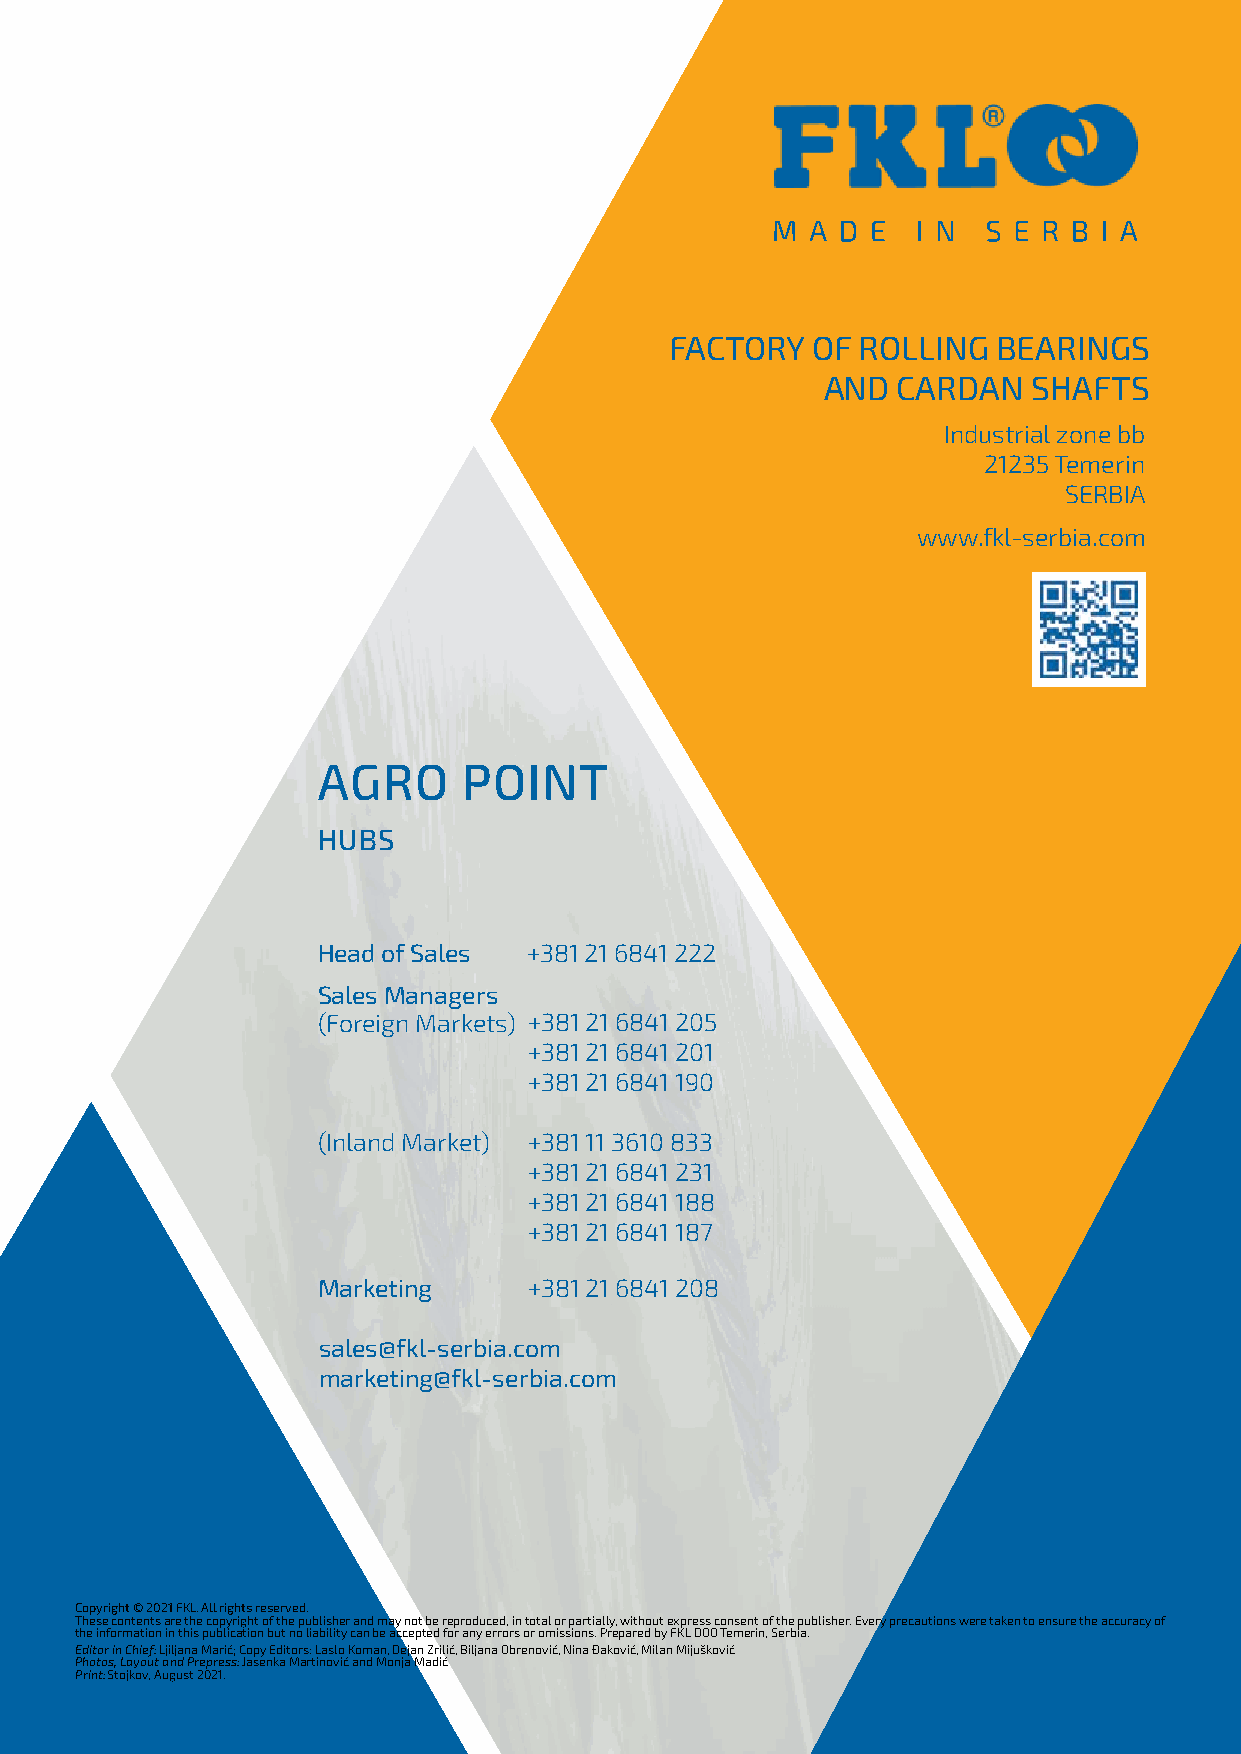
FACTORY   OF ROLLING  BEARINGS
 AND  CARDAN   SHAFTS
 Industrial zone bb
 21235 Temerin
 SERBIA
 www.fkl-serbia.com
 AGRO      POINT
 HUBS
 Head of Sales +381 21 6841 222
 Sales Managers
 (Foreign Markets) +381 21 6841 205
 +381 21 6841 201
 +381 21 6841 190
 (Inland Market) +381 11 3610 833
 +381 21 6841 231
 +381 21 6841 188
 +381 21 6841 187
 Marketing     +381 21 6841 208
 sales@fkl-serbia.com
 marketing@fkl-serbia.com
 Copyright © 2021 FKL. All rights reserved.
 These contents are the copyright of the publisher and may not be reproduced, in total or partially, without express consent of the publisher. Every precautions were taken to ensure the accuracy of
 the information in this publication but no liability can be accepted for any errors or omissions. Prepared by FKL DOO Temerin, Serbia.
 Editor in Chief: Ljiljana Marić; Copy Editors: Laslo Koman, Dejan Zrilić, Biljana Obrenović, Nina Đaković, Milan Mijušković
 Photos, Layout and Prepress: Jasenka Martinović and Monja Madić
 Print: Stojkov, August 2021.